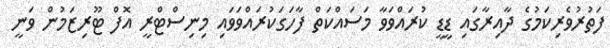
ފަތުރުވެރިކަމުގެ ދާއިރާގައި ޑީޑީ ކުރައްވަވާ މަސައްކަތް ފާހަގަކުރައްވަވައި މިނިސްޓްރީ އޮފް ޓޫރިޒަމުން ވަނީ